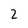
Character: 2